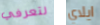
لتعرفي ايلاي